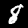
Label: 8